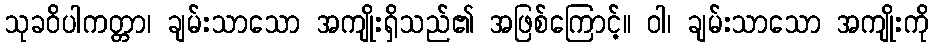
သုခဝိပါကတ္တာ၊ ချမ်းသာသော အကျိုးရှိသည်၏ အဖြစ်ကြောင့်။ ဝါ၊ ချမ်းသာသော အကျိုးကို